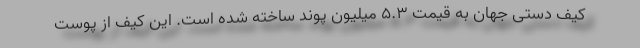
کیف دستی جهان به قیمت ۵.۳ میلیون پوند ساخته شده است. این کیف از پوست